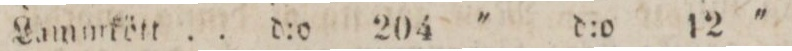
Lammkött ..    d:o    204    '    d:o    12    '